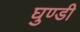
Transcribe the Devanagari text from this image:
घुण्डी